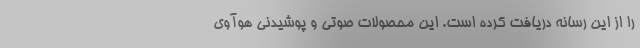
را از این رسانه دریافت کرده است. این محصولات صوتی و پوشیدنی هوآوی